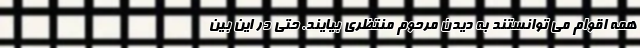
همه اقوام می توانستند به دیدن مرحوم منتظری بیایند. حتی در این بین